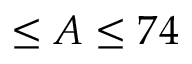
\leq A \leq 7 4